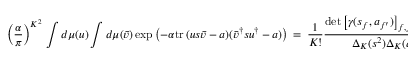
\left( \frac { \alpha } { \pi } \right) ^ { K ^ { 2 } } \, \int d \mu ( u ) \int d \mu ( \bar { v } ) \exp \left( - \alpha { \mathrm { t r } \, } ( u s \bar { v } - a ) ( \bar { v } ^ { \dagger } s u ^ { \dagger } - a ) \right) \ = \ \frac { 1 } { K ! } \frac { \operatorname * { d e t } \left[ \gamma ( s _ { f } , a _ { f ^ { \prime } } ) \right] _ { f , f ^ { \prime } = 1 , \ldots , K } } { \Delta _ { K } ( s ^ { 2 } ) \Delta _ { K } ( a ^ { 2 } ) } \ .